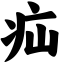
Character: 疝